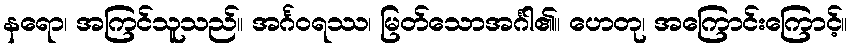
နရော၊ အကြင်သူသည်။ အင်္ဂဝရဿ၊ မြတ်သောအင်္ဂါ၏။ ဟေတု၊ အကြောင်းကြောင့်။